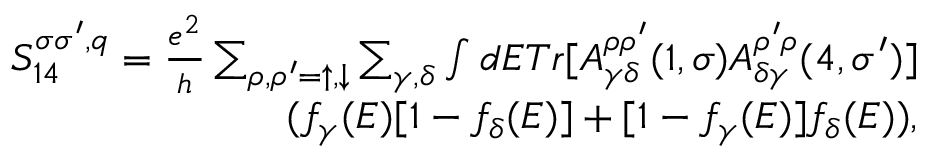
\begin{array} { r } { { S _ { 1 4 } ^ { \sigma \sigma ^ { \prime } , q } = \frac { e ^ { 2 } } { h } \sum _ { \rho , \rho ^ { \prime } = \uparrow , \downarrow } \sum _ { \gamma , \delta } \int d E T r [ A _ { \gamma \delta } ^ { \rho \rho ^ { \prime } } ( 1 , \sigma ) A _ { \delta \gamma } ^ { \rho ^ { \prime } \rho } ( 4 , \sigma ^ { \prime } ) ] } } \\ { { ( f _ { \gamma } ( E ) [ 1 - f _ { \delta } ( E ) ] + [ 1 - f _ { \gamma } ( E ) ] f _ { \delta } ( E ) ) , } } \end{array}